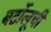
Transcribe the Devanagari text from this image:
बर्टोलूची